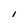
Character: I